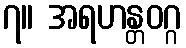
၇။ အရဟန္တဝဂ္ဂ